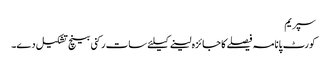
سپریم
کورٹ پانامہ فیصلے کا جائزہ لینے کیلئے سات رکنی بینچ تشکیل دے۔